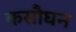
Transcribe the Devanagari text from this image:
कसौघन